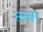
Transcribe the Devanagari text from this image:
तत्त्व।